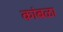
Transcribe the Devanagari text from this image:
कांबळा